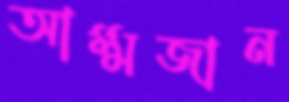
আম্মজান